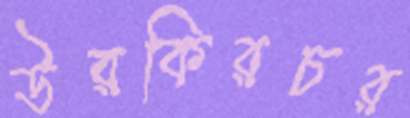
উরকিরচর